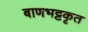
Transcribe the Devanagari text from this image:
बाणभट्टकृत